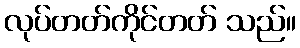
လုပ်တတ်ကိုင်တတ် သည်။